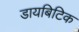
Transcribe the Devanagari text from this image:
डायबिटिक